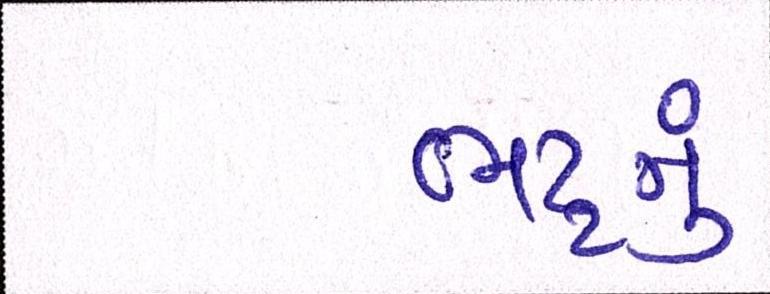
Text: ભટ્ટનું